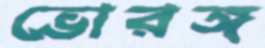
ভোরঙ্গ